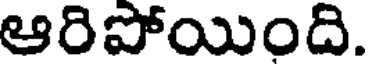
ఆరిపోయింది.